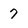
Character: 7